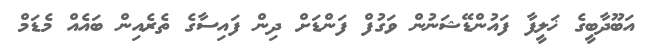
އަބޫދާބީގެ ޚަލީފާ ފައުންޑޭޝަނުން ވަގުފް ފަންޑަށް ދިން ފައިސާގެ ތެރެއިން ބައެއް މެޑަމް